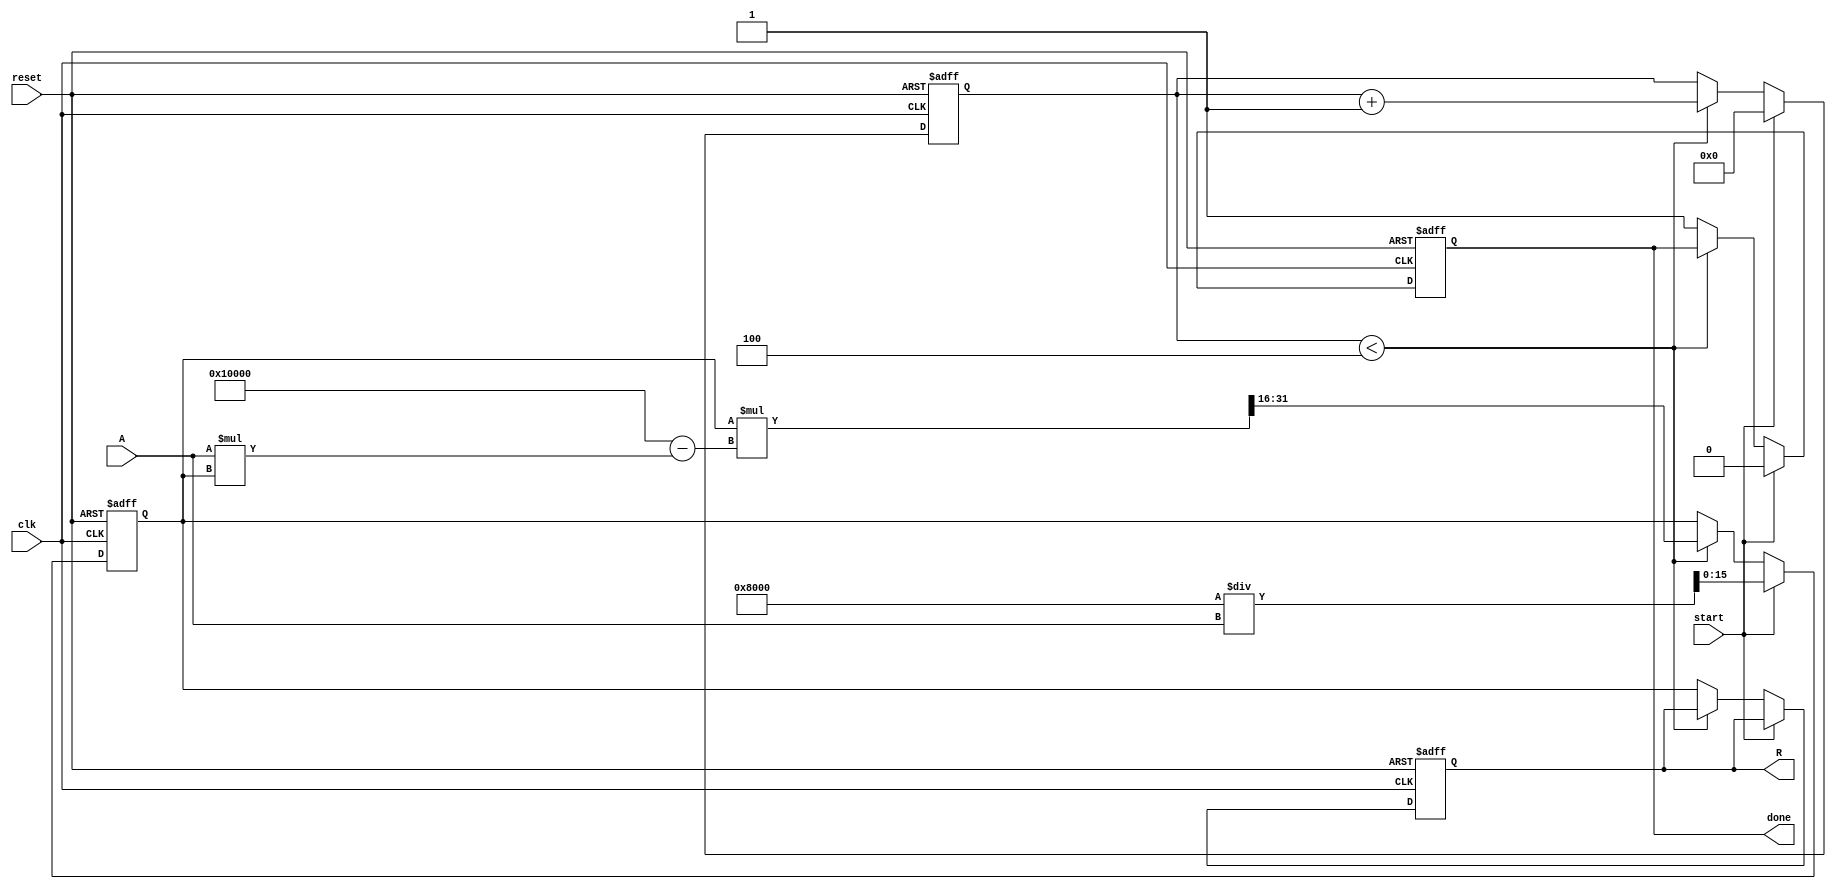
module BitwiseReciprocal #(parameter N = 16) (
    input  wire [N-1:0] A,      // Input number (non-zero)
    output reg  [N-1:0] R,      // Reciprocal output
    input  wire clk,             // Clock
    input  wire reset,           // Reset signal
    input  wire start,           // Start signal for the computation
    output reg done              // Done signal to indicate completion
);

    reg [N-1:0] approx;          // Current approximation of the reciprocal
    reg [3:0] count;             // Iteration counter

    always @(posedge clk or posedge reset) begin
        if (reset) begin
            R <= 0;
            approx <= 0;
            count <= 0;
            done <= 0;
        end else if (start) begin
            // Initial guess for the reciprocal (1/A)
            approx <= (1 << (N-1)) / A; // Start with an approximate value of 1
            count <= 0;
            done <= 0;
        end else if (count < 4) begin // Number of iterations
            // Newton-Raphson iteration: approx = approx * (2 - A * approx)
            approx <= approx * (2**N - A * approx) >> N; // Bitwise multiplication and shifting
            count <= count + 1;
        end else begin
            R <= approx;  // Final result
            done <= 1;    // Indicate that computation is done
        end
    end

endmodule